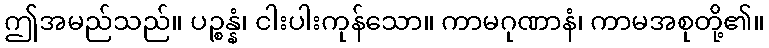
ဤအမည်သည်။ ပဉ္စန္နံ၊ ငါးပါးကုန်သော။ ကာမဂုဏာနံ၊ ကာမအစုတို့၏။